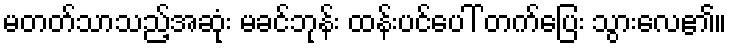
မတတ်သာသည့်အဆုံး မခင်ဘုန်း ထန်းပင်ပေါ် တက်ပြေး သွားလေ၏။